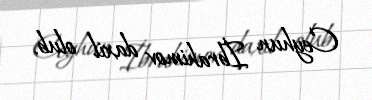
Ceyhun İbrahimov daxil olub.